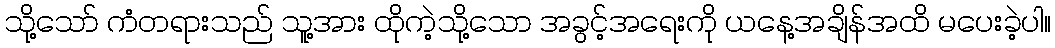
သို့သော် ကံတရားသည် သူ့အား ထိုကဲ့သို့သော အခွင့်အရေးကို ယနေ့အချိန်အထိ မပေးခဲ့ပါ။